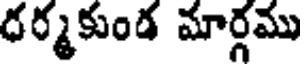
ధర్మకుండ మార్గము